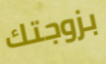
بزوجتك